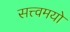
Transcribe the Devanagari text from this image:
सत्त्वमयो